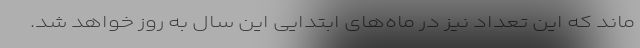
ماند که این تعداد نیز در ماه‌های ابتدایی این سال به روز خواهد شد.